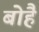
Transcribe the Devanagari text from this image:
बोहै